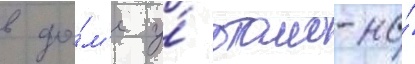
в до́м'е у́ отомо-но́